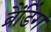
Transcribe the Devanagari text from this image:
ब्रैंडिंग